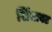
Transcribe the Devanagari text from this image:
खिंचावट